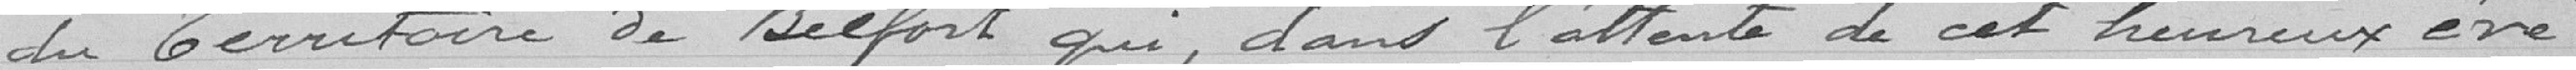
du Territoire de Belfort qui, dans l’attente de cet heureux éve